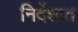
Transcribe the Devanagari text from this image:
निर्देशात